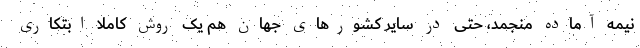
نیمه آماده منجمد، حتی در سایر کشورهای جهان هم یک روش کاملا ابتکاری